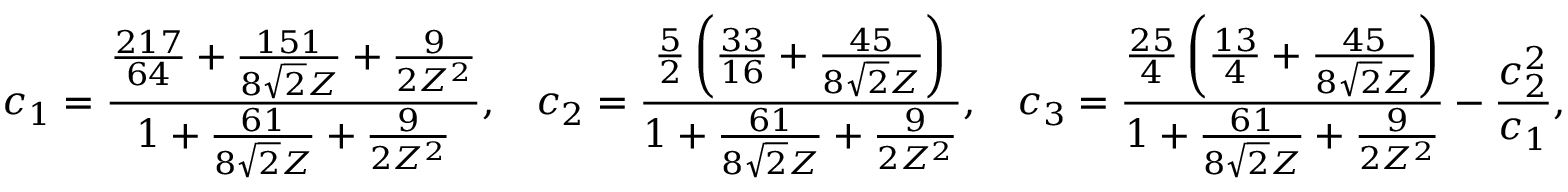
c _ { 1 } = \frac { \frac { 2 1 7 } { 6 4 } + \frac { 1 5 1 } { 8 \sqrt { 2 } Z } + \frac { 9 } { 2 Z ^ { 2 } } } { 1 + \frac { 6 1 } { 8 \sqrt { 2 } Z } + \frac { 9 } { 2 Z ^ { 2 } } } , \: \: \: \: c _ { 2 } = \frac { \frac { 5 } { 2 } \left( \frac { 3 3 } { 1 6 } + \frac { 4 5 } { 8 \sqrt { 2 } Z } \right) } { 1 + \frac { 6 1 } { 8 \sqrt { 2 } Z } + \frac { 9 } { 2 Z ^ { 2 } } } , \: \: \: \: c _ { 3 } = \frac { \frac { 2 5 } { 4 } \left( \frac { 1 3 } { 4 } + \frac { 4 5 } { 8 \sqrt { 2 } Z } \right) } { 1 + \frac { 6 1 } { 8 \sqrt { 2 } Z } + \frac { 9 } { 2 Z ^ { 2 } } } - \frac { c _ { 2 } ^ { 2 } } { c _ { 1 } } ,